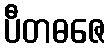
ပီတဓဇေ